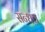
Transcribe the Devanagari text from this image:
सन्धव